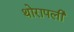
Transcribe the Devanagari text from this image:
थोरापली